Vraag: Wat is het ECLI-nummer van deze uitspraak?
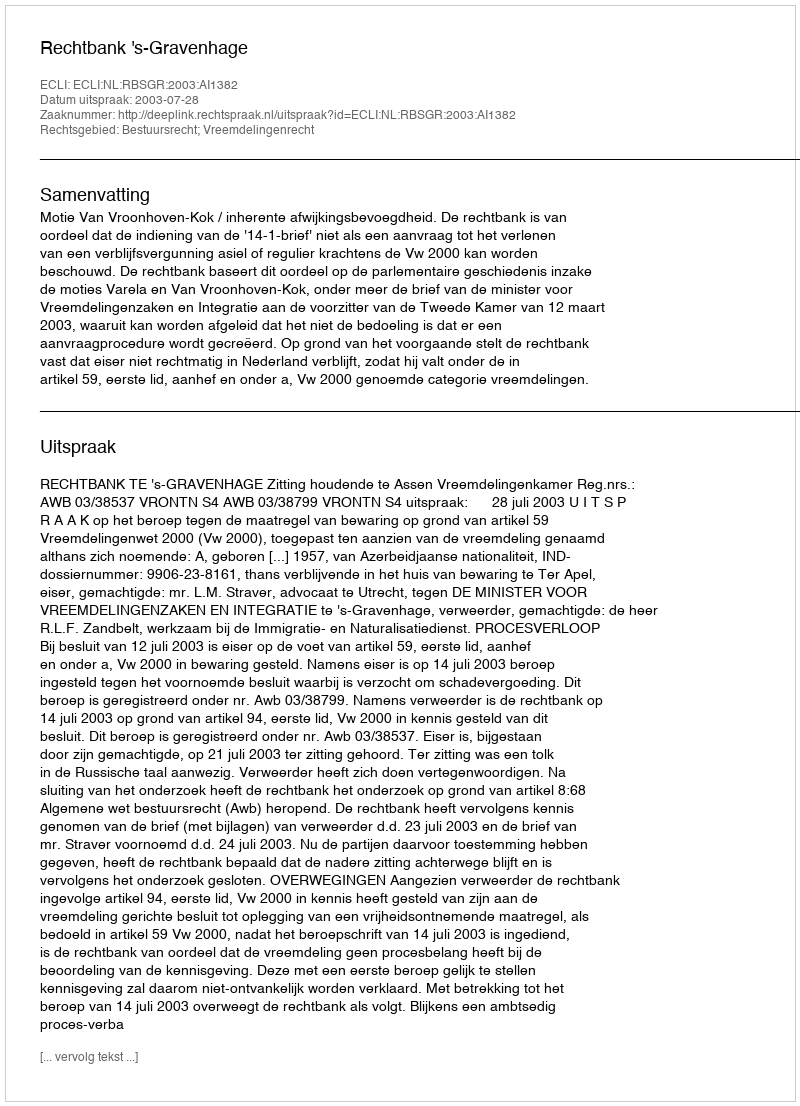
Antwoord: ECLI:NL:RBSGR:2003:AI1382